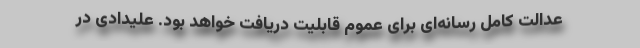
عدالت کامل رسانه‌ای برای عموم قابلیت دریافت خواهد بود. علیدادی در